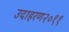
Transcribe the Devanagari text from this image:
उदाहरण२०११